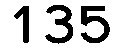
135